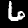
Digit: 6